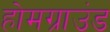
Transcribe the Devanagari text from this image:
होमग्राउंड